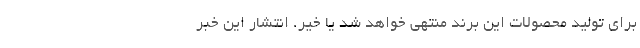
برای تولید محصولات این برند منتهی خواهد شد یا خیر. انتشار این خبر